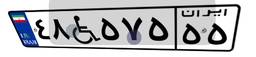
۹۷W۲۴۱۶۱